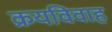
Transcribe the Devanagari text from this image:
क्रयविवाह